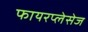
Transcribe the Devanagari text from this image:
फायरप्लेसेज